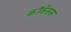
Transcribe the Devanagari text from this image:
कॉकॅसस